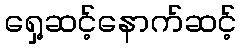
ရှေ့ဆင့်နောက်ဆင့်